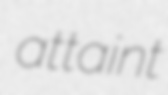
attaint